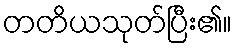
တတိယသုတ်ပြီး၏။